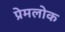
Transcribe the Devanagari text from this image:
प्रेमलोक